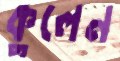
কুলেন